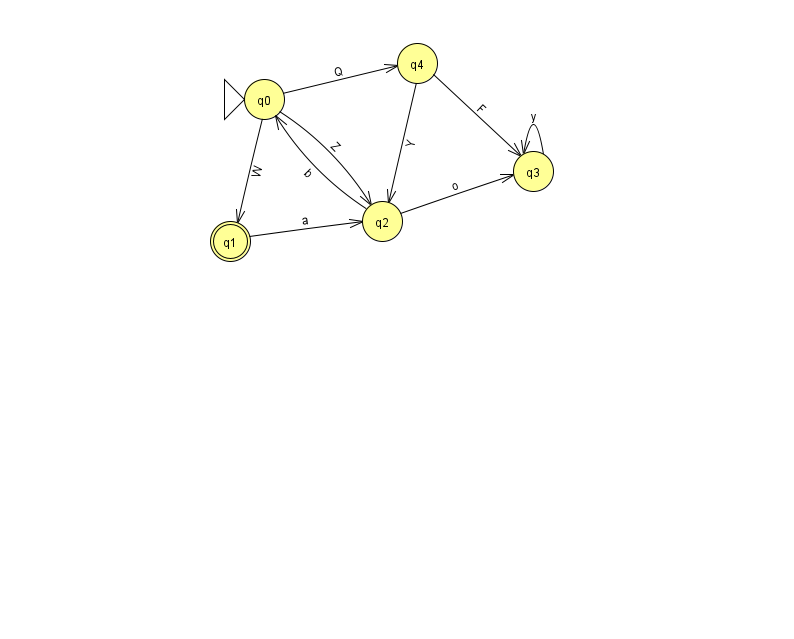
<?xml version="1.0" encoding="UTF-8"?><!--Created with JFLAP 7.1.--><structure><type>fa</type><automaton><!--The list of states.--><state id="0" name="q0"><x>264.0</x><y>86.0</y><initial/></state><state id="1" name="q1"><x>230.0</x><y>228.0</y><final/></state><state id="2" name="q2"><x>382.0</x><y>208.0</y></state><state id="3" name="q3"><x>533.0</x><y>158.0</y></state><state id="4" name="q4"><x>417.0</x><y>50.0</y></state><!--The list of transitions.--><transition><from>1</from><to>2</to><read>a</read></transition><transition><from>2</from><to>0</to><read>b</read></transition><transition><from>0</from><to>1</to><read>W</read></transition><transition><from>0</from><to>4</to><read>Q</read></transition><transition><from>4</from><to>3</to><read>F</read></transition><transition><from>0</from><to>2</to><read>Z</read></transition><transition><from>3</from><to>3</to><read>y</read></transition><transition><from>2</from><to>3</to><read>o</read></transition><transition><from>4</from><to>2</to><read>Y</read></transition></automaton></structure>